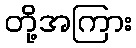
တို့အကြား